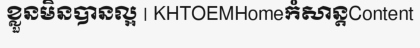
ខ្លួនមិនបានល្អ | KHTOEMHomeកំសាន្តContent